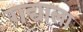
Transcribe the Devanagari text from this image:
गद्याला